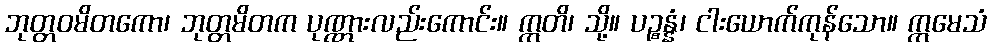
ဘုတ္တဝမိတကော၊ ဘုတ္တမိတက ပုဏ္ဏားလည်းကောင်း။ ဣတိ၊ သို့။ ပဉ္စန္နံ၊ ငါးယောက်ကုန်သော။ ဣမေသံ